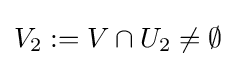
V_{2}:=V\cap U_{2}\neq \emptyset